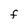
Character: F